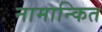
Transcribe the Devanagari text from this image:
नामान्कित